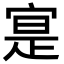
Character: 寔